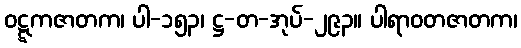
ဝဋ္ဋကဇာတက၊ ပါ-၁၅၃၊ ဋ္ဌ-တ-အုပ်-၂၉၃။ ပါရာဝတဇာတက၊